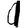
Digit: 1